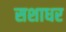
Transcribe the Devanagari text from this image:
सशाधर